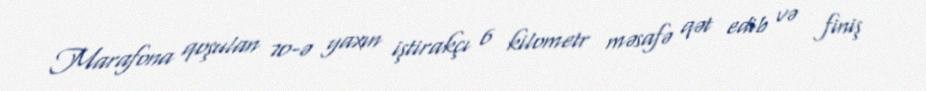
Marafona qoşulan 70-ə yaxın iştirakçı 6 kilometr məsafə qət edib və finiş